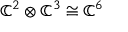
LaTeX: \mathbb { C } ^ { 2 } \otimes \mathbb { C } ^ { 3 } \cong \mathbb { C } ^ { 6 }